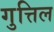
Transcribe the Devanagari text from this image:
गुत्तिल